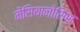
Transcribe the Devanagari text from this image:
मेंसियानोसिस